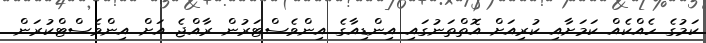
ކަމުގެ ހެއްކެއް ކަމަށާއި ކުރިއަށް އޮތްތަނުގައި އިންޑިއާގެ އިންވެސްޓަރުން ރާއްޖެ އަށް އިންވެސްޓްކުރަން